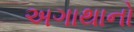
અગાથાનો